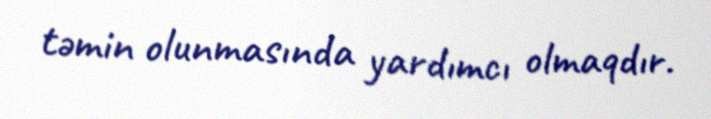
təmin olunmasında yardımcı olmaqdır.